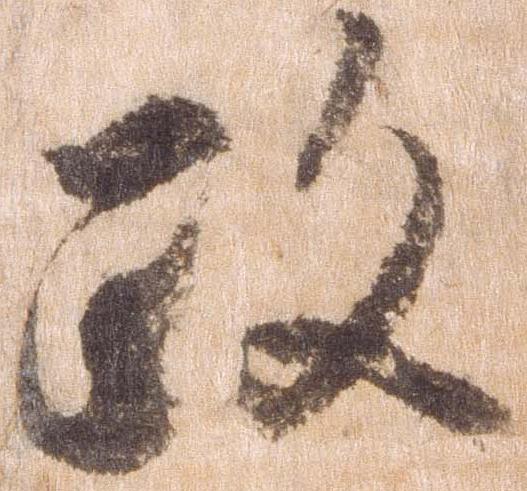
政